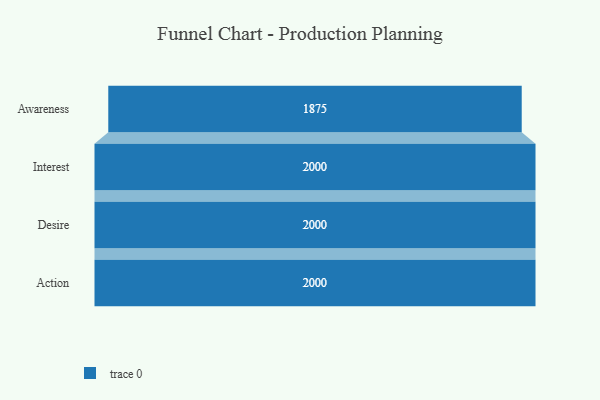
{"axis": {"x": "Stage", "y": "Value"}, "legend": [""], "data": [{"x": "Awareness", "y": 1875.0, "type": ""}, {"x": "Interest", "y": 2000, "type": ""}, {"x": "Desire", "y": 2000, "type": ""}, {"x": "Action", "y": 2000, "type": ""}]}